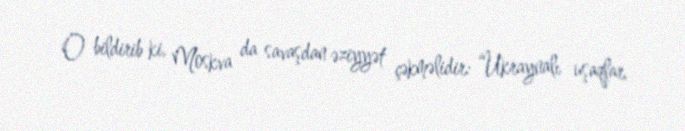
O bildirib ki, Moskva da savaşdan əziyyət çəkməlidir: “Ukraynalı uşaqlar,